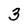
Character: 3